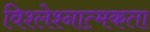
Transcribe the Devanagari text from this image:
विश्लेश्नात्मकता